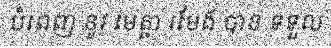
បំពេញ នូវ មេត្តា រមែង បាន ទទួល